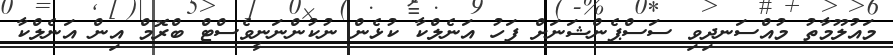
މައުލޫމާތު މުއްސަނދިވި ސަސްޕެންޝަނަށް ފަހު އަނެލްކާ ކުޅެން ނުކުންނަނީވެސްޓް ބްރޮމް އިން އަނެލްކާ